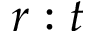
r : t